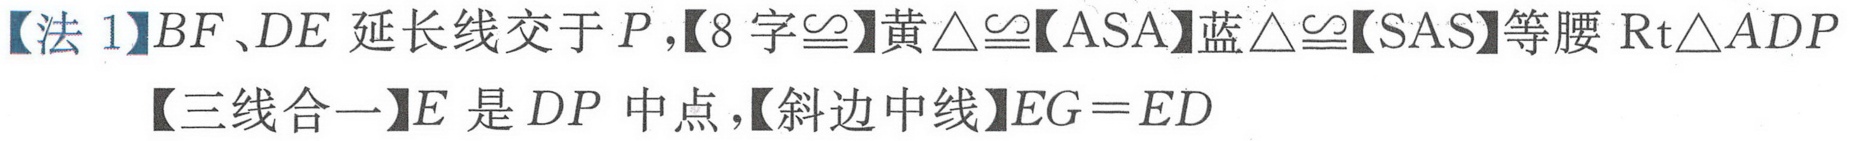
【法1】\(BF\)、\(DE\)延长线交于\(P\)，【8字\(\cong\)】黄\(\triangle\cong\)【ASA】蓝\(\triangle\cong\)【SAS】等腰\(\text{Rt}\triangle ADP\)
【三线合一】\(E\)是\(DP\)中点，【斜边中线】\(EG = ED\)